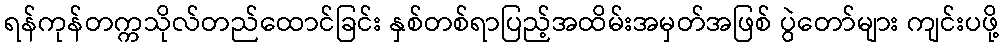
ရန်ကုန်တက္ကသိုလ်တည်ထောင်ခြင်း နှစ်တစ်ရာပြည့်အထိမ်းအမှတ်အဖြစ် ပွဲတော်များ ကျင်းပဖို့